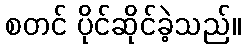
စတင် ပိုင်ဆိုင်ခဲ့သည်။